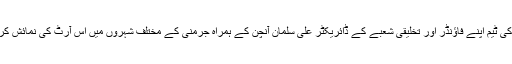
پھول پتی کی ٹیم اپنے فاؤنڈر اور تخلیقی شعبے کے ڈائریکٹر علی سلمان آنچن کے ہمراہ جرمنی کے مختلف شہروں میں اس آرٹ کی نمائش کر رہی ہے۔